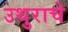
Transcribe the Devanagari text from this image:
उथुराचे